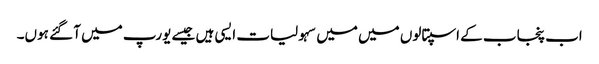
اب پنجاب کے اسپتالوں میں میں سہولیات ایسی ہیں جیسے یورپ میں آ گئے ہوں۔